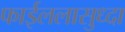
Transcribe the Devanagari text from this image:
फाईललासुध्दा